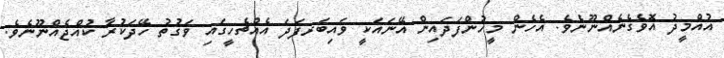
އުއްމީދު އޮވެގެނެއްނޫނެވެ. އެހެން މީހުންފަދައިން އޭނައަކީ ވައިބަރފަދަ އެއްޗެހީގައި ވަގުތު ހޭދަކުރާ ކުއްޖެއްނޫނެވެ.